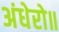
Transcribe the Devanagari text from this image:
अंधेरो॥